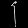
Digit: ၄